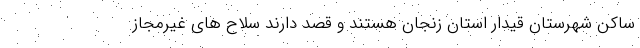
ساکن شهرستان قیدار استان زنجان هستند و قصد دارند سلاح های غیرمجاز